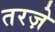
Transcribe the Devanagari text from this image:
तरज़े